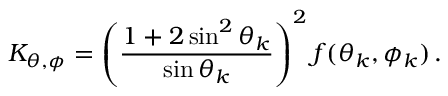
K _ { \theta , \phi } = \left( \frac { 1 + 2 \sin ^ { 2 } \theta _ { k } } { \sin \theta _ { k } } \right) ^ { 2 } f ( \theta _ { k } , \phi _ { k } ) \, .